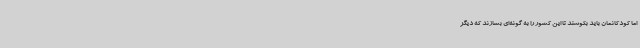
اما کودکانمان باید بکوشند تا این کشور را به گونه‌ای بسازند که دیگر